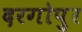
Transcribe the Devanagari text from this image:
दरगोपुर